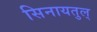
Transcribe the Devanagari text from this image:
सिनायतुल्